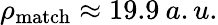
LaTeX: \rho_{\mathrm{match}}\approx 19.9\: a.u.